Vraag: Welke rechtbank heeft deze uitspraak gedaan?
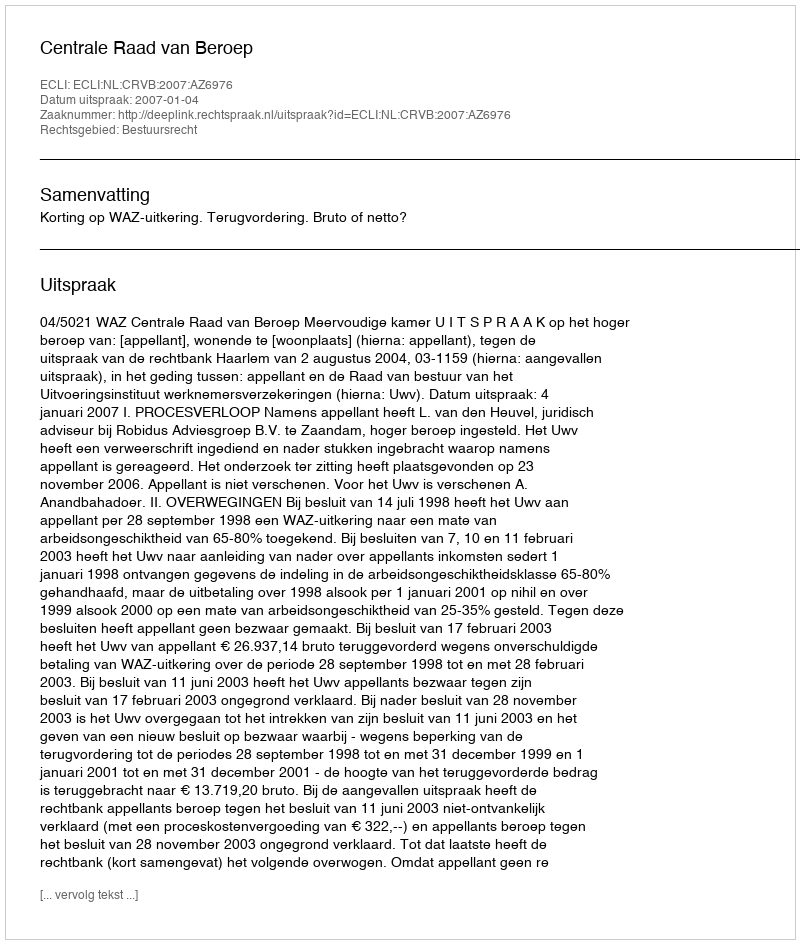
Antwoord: Centrale Raad van Beroep